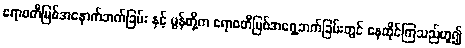
ဧရာဝတီမြစ်အနောက်ဘက်ခြမ်း နှင့် မွန်တို့က ဧရာဝတီမြစ်အရှေ့ဘက်ခြမ်းတွင် နေထိုင်ကြသည်ဟူ၍